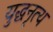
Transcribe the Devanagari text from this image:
युद्धनृत्य